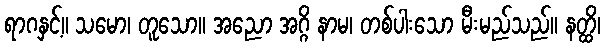
ရာဂနှင့်။ သမော၊ တူသော။ အညော အဂ္ဂိ နာမ၊ တစ်ပါးသော မီးမည်သည်။ နတ္ထိ၊